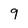
Character: 9